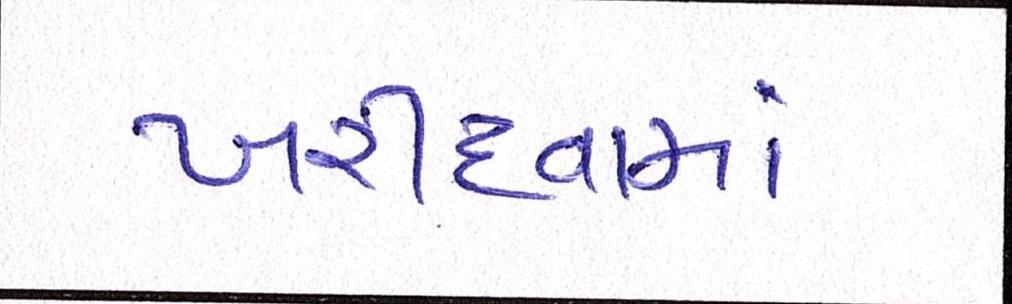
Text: ખરીદવામાં